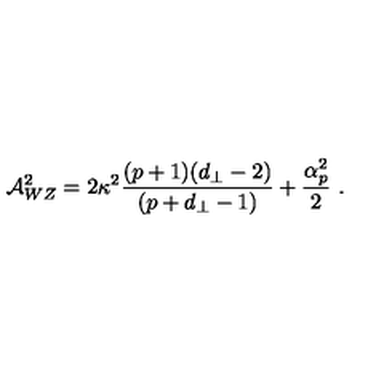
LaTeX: { \cal A } _ { W Z } ^ { 2 } = 2 \kappa ^ { 2 } \frac { ( p + 1 ) ( d _ { \perp } - 2 ) } { ( p + d _ { \perp } - 1 ) } + \frac { \alpha _ { p } ^ { 2 } } { 2 } \ .